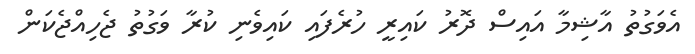
އެވަގުތު އާޝިމާ އައިސް ދޮރު ކައިރީ ހުރެފައި ކައިވެނި ކުރާ ވަގުތު ޖެހިއްޖެކަން